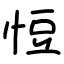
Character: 㤱